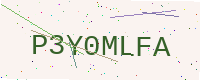
Text: P3Y0MLFA